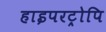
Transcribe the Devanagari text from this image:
हाइपरट्रोपि